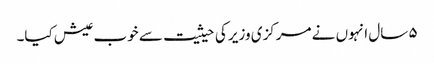
۵ سال انہوں نے مرکزی وزیر کی حیثیت سے خوب عیش کیا۔